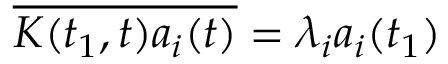
\overline { { K ( t _ { 1 } , t ) a _ { i } ( t ) } } = \lambda _ { i } a _ { i } ( t _ { 1 } )